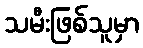
သမီးဖြစ်သူမှာ